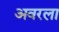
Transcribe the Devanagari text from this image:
अवरला